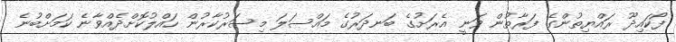
ފޯކައިދޫ ރައްޔިތުންގެ ފަރާތުން ވަނީ އެރަށުގެ ބަނދަރުގެ މައްސަލަ މިސަރުކާރުން ހައްލުކޮށްދެއްވާނެ ކަމަށްބުނެ